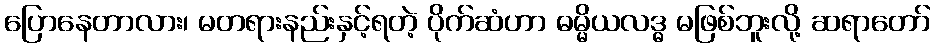
ပြောနေတာလား၊ မတရားနည်းနှင့်ရတဲ့ ပိုက်ဆံဟာ ဓမ္မိယလဒ္ဓ မဖြစ်ဘူးလို့ ဆရာတော်